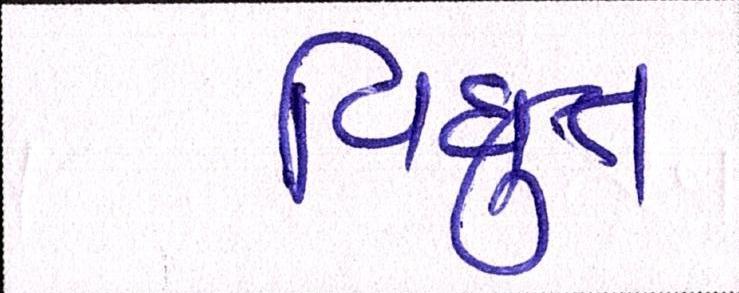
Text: વિધુત